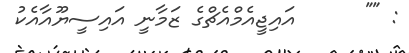
: ""      އައިޖީއެމްއެޗްގެ ޒަމާނީ އައިސީޔޫއާއެކު